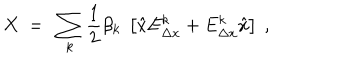
X \ = \ \sum _ { k } { \frac { 1 } { 2 } } \beta _ { k } \ \left[ { \hat { x } } E _ { \Delta x } ^ { k } + E _ { \Delta x } ^ { k } { \hat { x } } \right] \ ,